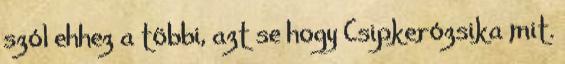
szól ehhez a többi, azt se hogy Csipkerózsika mit.